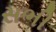
સભી